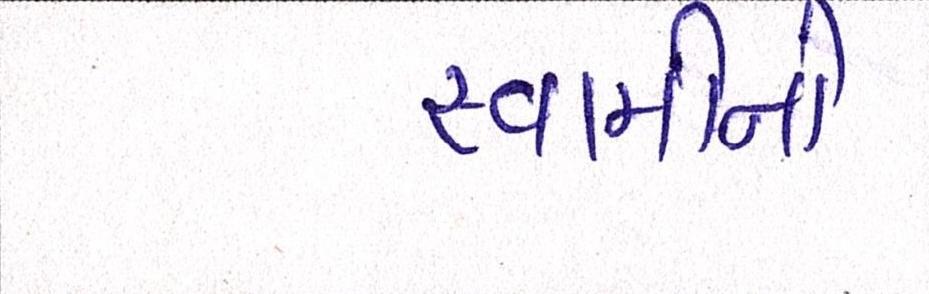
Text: સ્વામીની